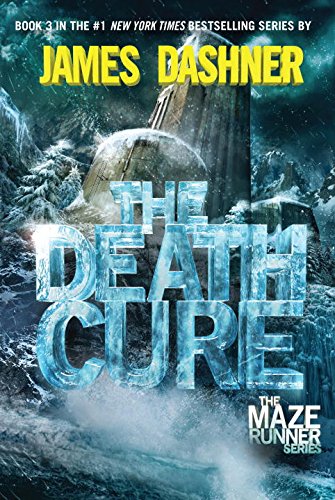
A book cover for The Death Cure (Maze Runner, Book 3); James Dashner; Science Fiction & Fantasy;